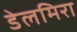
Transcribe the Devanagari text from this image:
डेलमिरा